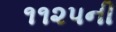
૧૧૨૫ની